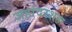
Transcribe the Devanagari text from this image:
जहांदरशहा